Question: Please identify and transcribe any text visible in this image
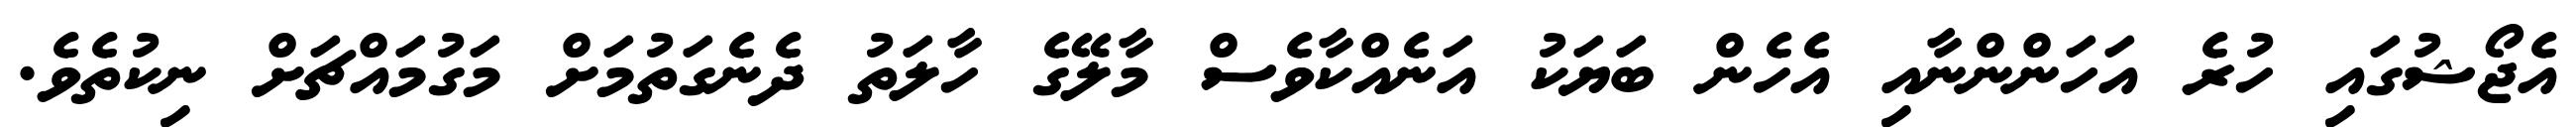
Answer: އެޖޯޝުގައި ހުރެ އަހަންންނާއި އެހެން ބަޔަކު އަނެއްކާވެސް މާލޭގެ ހާލަތު ދެނެގަތުމަށް މަގުމައްޗަށް ނިކުތެވެ.